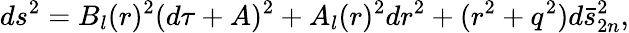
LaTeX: ds^{2}=B_{l}(r)^{2}(d\tau+A)^{2}+A_{l}(r)^{2}dr^{2}+(r^{2}+q^{2})d\bar{s}_{2n}^{2},